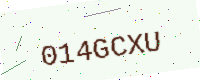
Text: 014GCXU